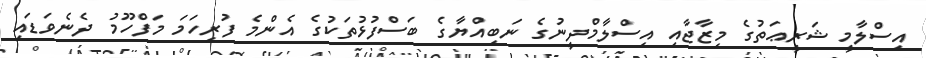
އިސްލާމީ ޝަރީޢަތުގެ މިޒާޖާއި އިސްލާމްދީނުގެ ނަބިއްޔާގެ ބަސްފުޅުތަކުގެ އެންމެ ފުރިހަމަ މަފްހޫމު ދެނެވަޑައި